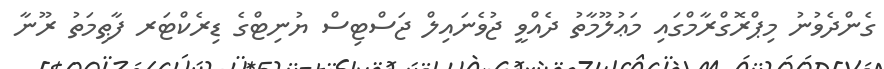
ގެންދެވުނު މިޕްރޮގްރާމްގައި މަޢުލޫމާތު ދެއްވީ ޖުވެނައިލް ޖަސްޓިސް ޔުނިޓްގެ ޑިރެކްޓަރ ފާޠިމަތު ރޫނާ